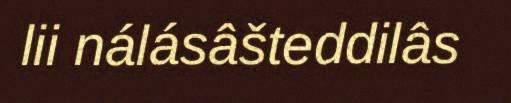
lii nálásâšteddilâs